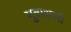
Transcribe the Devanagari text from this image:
मुत्राश्मरी